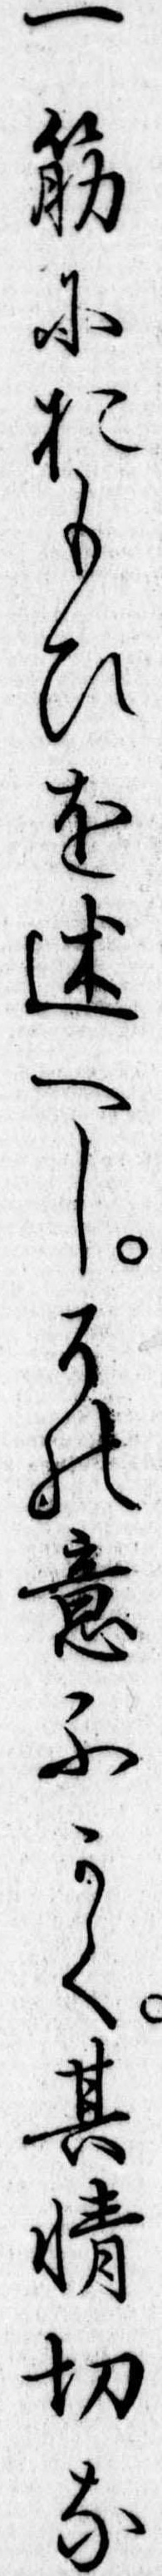
一筋におもひを述へしその意ふかく其情切な